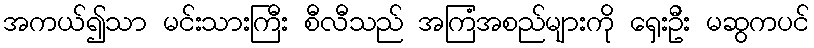
အကယ်၍သာ မင်းသားကြီး စီလီသည် အကြံအစည်များကို ရှေးဦး မဆွကပင်